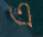
এ